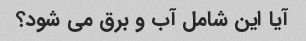
آیا این شامل آب و برق می شود؟